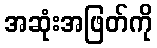
အဆုံးအဖြတ်ကို